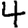
Digit: 4